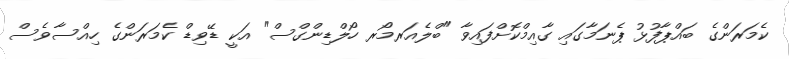
ކެމަރަންގެ ބައްޕާފުޅު ޕެނަމާގައި ގާއިމްކޮށްފައިވާ "ބްލެއަރމޯރ ހޯލްޑިންގްސް" އަކީ ޑޭވިޑް ކެމަރަންގެ ހިއްސާވެސް